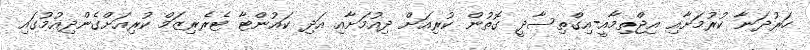
ހަރުދަނާ ކުރުމަށާއި އިޖްތިމާއީ-އިގްތިސާދީ ގޮތުން ކުރިއަށް ދިއުމަށާއި އަދި ކައުންޓާ ޓެރެރިޒަމް ކުރިއަށްގެންދިއުމުގައި